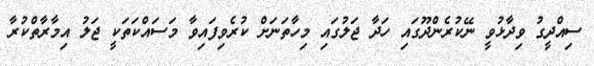
ސިއްދީގު ވިދާޅުވީ ނޭކުރެންދޫގައި ހަދާ ޖަލުގައި މިހާތަނަށް ކުރެވިފައިވާ މަސައްކަތަކީ ޖަލު އިމާރާތްކުރާ